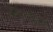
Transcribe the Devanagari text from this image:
मेवन